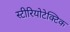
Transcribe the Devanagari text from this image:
स्टीरियोटेक्टिक